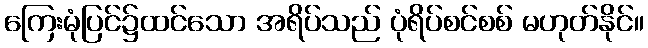
ကြေးမုံပြင်၌ထင်သော အရိပ်သည် ပုံရိပ်စင်စစ် မဟုတ်နိုင်။